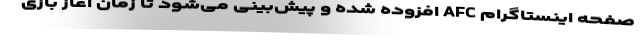
صفحه اینستاگرام AFC افزوده شده و پیش‌بینی می‌شود تا زمان آغاز بازی